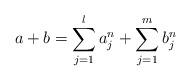
LaTeX: \begin{align*}a+b=\sum_{j=1}^l a_j^n+\sum_{j=1}^m b_j^n\end{align*}